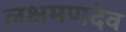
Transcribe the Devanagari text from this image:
लक्षमणदेव